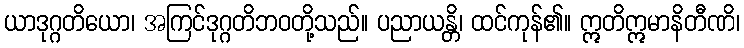
ယာဒုဂ္ဂတိယော၊ အကြင်ဒုဂ္ဂတိဘဝတို့သည်။ ပညာယန္တိ၊ ထင်ကုန်၏။ ဣတိဣမာနိတီဏိ၊